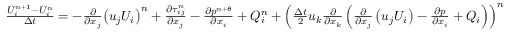
\begin{array} { r } { \frac { U _ { i } ^ { n + 1 } - U _ { i } ^ { n } } { \Delta t } = - \frac { \partial } { \partial { { x } _ { j } } } { { \left( { { u } _ { j } } { { U } _ { i } } \right) } ^ { n } } + \frac { \partial \tau _ { i j } ^ { n } } { \partial { { x } _ { j } } } - \frac { \partial { { p } ^ { n + \theta } } } { \partial { { x } _ { i } } } + Q _ { i } ^ { n } + { { \left( \frac { \Delta t } { 2 } { { u } _ { k } } \frac { \partial } { \partial { { x } _ { k } } } \left( \frac { \partial } { \partial { { x } _ { j } } } \left( { { u } _ { j } } { { U } _ { i } } \right) - \frac { \partial p } { \partial { { x } _ { i } } } + { { Q } _ { i } } \right) \right) } ^ { n } } } \end{array}